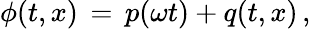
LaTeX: \phi(t,x)\, =\, p(\omega t)+q(t,x)\, ,